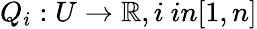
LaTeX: Q_{i}:U\rightarrow\mathbb{R},i\ in[1,n]